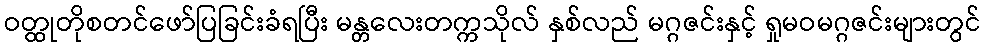
ဝတ္ထုတိုစတင်ဖော်ပြခြင်းခံရပြီး မန္တလေးတက္ကသိုလ် နှစ်လည် မဂ္ဂဇင်းနှင့် ရှုမဝမဂ္ဂဇင်းများတွင်